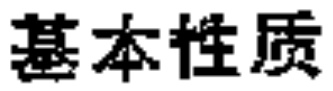
基本性质